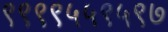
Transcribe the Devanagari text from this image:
९९९९५५९५९७